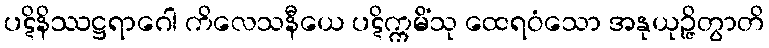
ပဋိနိဿဋ္ဌရာဂေါ ကိလေသနီယေ ပဋိက္ကမိံသု ထေရဝံသော အနုယုဉ္ဇိတွာတိ